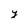
Character: y